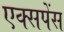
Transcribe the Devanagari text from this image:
एक्सपेंस